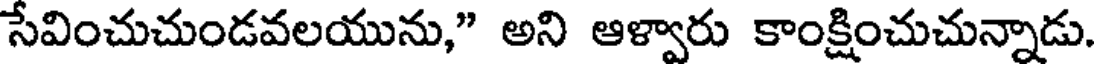
సేవించుచుండవలయును," అని ఆళ్వారు కాంక్షించుచున్నాడు